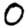
Digit: 0